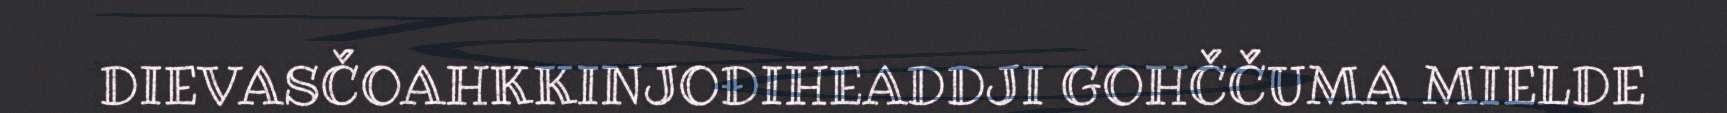
DIEVASČOAHKKINJOĐIHEADDJI GOHČČUMA MIELDE